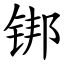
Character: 䦁